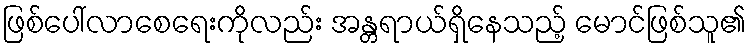
ဖြစ်ပေါ်လာစေရေးကိုလည်း အန္တရာယ်ရှိနေသည့် မောင်ဖြစ်သူ၏